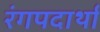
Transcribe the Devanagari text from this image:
रंगपदार्थां